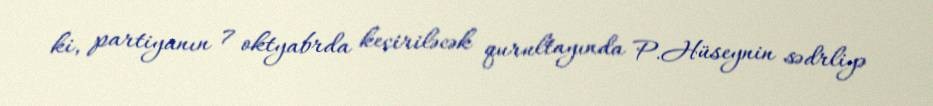
ki, partiyanın 7 oktyabrda keçiriləcək qurultayında P.Hüseynin sədrliyə